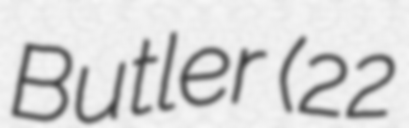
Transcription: Butler (22